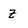
Character: Z